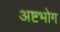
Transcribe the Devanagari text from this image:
अष्टभोग